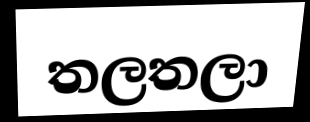
තලතලා